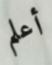
أعلم